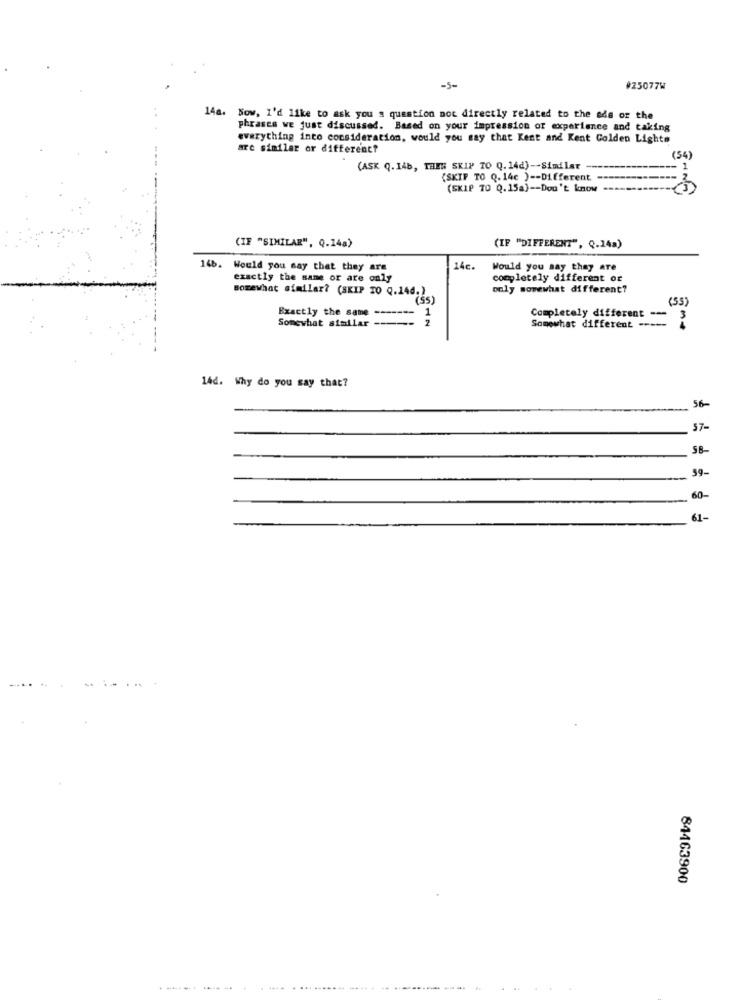
-5-
#25077W
14a. Now, I'd like to ask you a question not directly related to the ads or the
phrases we just discussed. Based on your impression of experience and taking
everything into consideration, would you say that Kent and Kent Golden Lights
are similar or different?
(54)
(ASK Q. 14b, THEN SKIP TO Q. 14d) -- Similar-
(SKIP TO Q. 14c ) -- Different.
(SKIP TO Q.15a) -- Don't know ==
(IF "SIMILAR", Q.14a)
(IF "DIFFERENT", Q.14a)
146. Would you say that they are
14c.
Would you say they are
exactly the same or are only
completely different or
somewhat similar? (SKIP 30 Q.144.)
only somewhat different?
(55)
(55)
Exactly the same ------- 1
1
Somewhat similar -----
2
Completely different --
3
Somewhat different -----
14d. Why do you say that?
56-
57-
SB-
59-
60-
61-
84463900